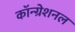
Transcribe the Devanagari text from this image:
कॉन्ग्रेशनल